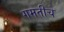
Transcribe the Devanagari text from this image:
गमतीचे